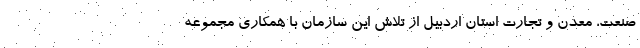
صنعت، معدن و تجارت استان اردبیل از تلاش این سازمان با همکاری مجموعه